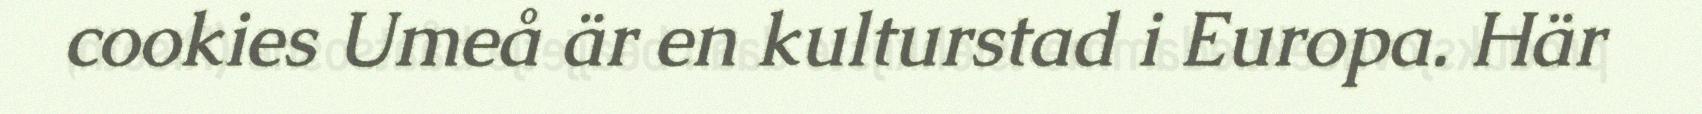
cookies Umeå är en kulturstad i Europa. Här